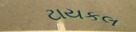
ટાયકલ